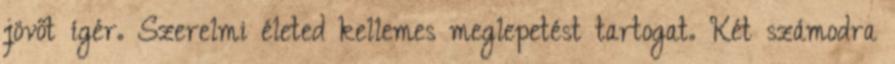
jövőt ígér. Szerelmi életed kellemes meglepetést tartogat. Két számodra